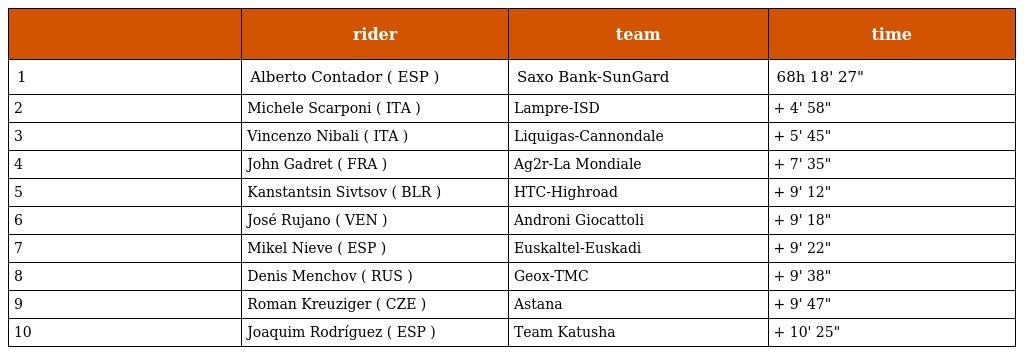
|  | rider | team | time |
 | --- | --- | --- | --- |
 | 1 | Alberto Contador ( ESP ) | Saxo Bank-SunGard | 68h 18' 27" |
 | 2 | Michele Scarponi ( ITA ) | Lampre-ISD | + 4' 58" |
 | 3 | Vincenzo Nibali ( ITA ) | Liquigas-Cannondale | + 5' 45" |
 | 4 | John Gadret ( FRA ) | Ag2r-La Mondiale | + 7' 35" |
 | 5 | Kanstantsin Sivtsov ( BLR ) | HTC-Highroad | + 9' 12" |
 | 6 | José Rujano ( VEN ) | Androni Giocattoli | + 9' 18" |
 | 7 | Mikel Nieve ( ESP ) | Euskaltel-Euskadi | + 9' 22" |
 | 8 | Denis Menchov ( RUS ) | Geox-TMC | + 9' 38" |
 | 9 | Roman Kreuziger ( CZE ) | Astana | + 9' 47" |
 | 10 | Joaquim Rodríguez ( ESP ) | Team Katusha | + 10' 25" |